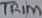
Text: TRIM